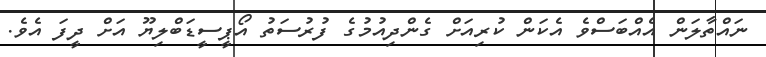
ނައްތާލަން އެއްބަސްވެ އެކަން ކުރިއަށް ގެންދިއުމުގެ ފުރުސަތު އޯޕީސީޑަބްލިޔޫ އަށް ދީފަ އެވެ.